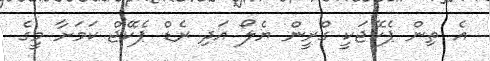
އެ ތިން ޕެކޭޖަކީ ގްރީން ޔެލޯ އަދި ރެޑް ޕެކޭޖް ކަމަށާ މީގެ